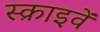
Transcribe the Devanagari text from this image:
स्क्राइवें